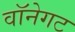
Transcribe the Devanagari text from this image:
वॉनेगट